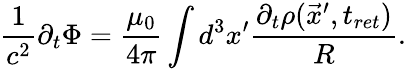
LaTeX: \frac{1}{c^{2}}\partial_{t}\Phi=\frac{\mu_{0}}{4\pi}\int d^{3}x^{\prime}\frac{\partial_{t}\rho(\vec{x}^{\prime},t_{ret})}{R}.